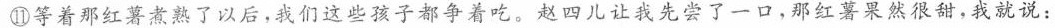
⑪等着那红薯煮熟了以后，我们这些孩子都争着吃。赵四儿让我先尝了一口，那红薯果然很甜，我就说：